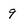
Character: 9